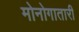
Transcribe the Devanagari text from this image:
मोनोगातारी